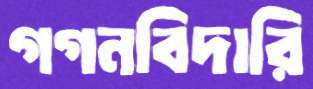
গগনবিদারি